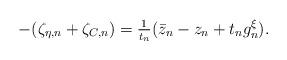
LaTeX: \begin{align*}-(\zeta_{\eta,n} + \zeta_{C,n}) = \tfrac{1}{t_n}(\bar{z}_n - z_n + t_n g_n^\xi).\end{align*}